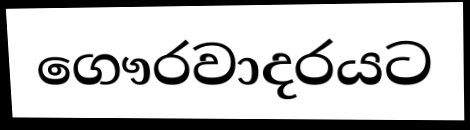
ගෞරවාදරයට